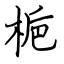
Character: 梔